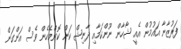
ފަރުޒާނާ އައުމުން އެއީ ޝާހާން ނޫންކަމާއި ދާނިޝް ކަން ކޮންމެހެން ވެސް އަންގަން